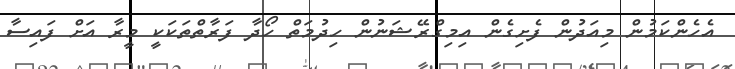
އެހެންކަމުން މިއަދުން ފެށިގެން އިމިގްރޭޝަނުން ހިދުމަތް ހޯދާ ފަރާތްތަކަކީ މީރާ އަށް ފައިސާ